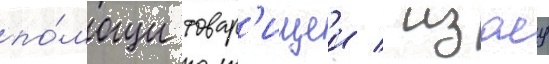
по́мощи товар'ищеи / изаеу